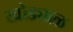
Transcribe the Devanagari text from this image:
खोड्याळ